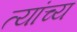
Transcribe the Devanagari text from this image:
त्यांच्य